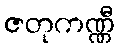
ဇတုကဏ္ဏီ